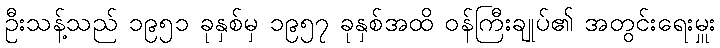
ဦးသန့်သည် ၁၉၅၁ ခုနှစ်မှ ၁၉၅၇ ခုနှစ်အထိ ဝန်ကြီးချုပ်၏ အတွင်းရေးမှူး